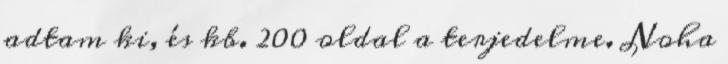
adtam ki, és kb. 200 oldal a terjedelme. Noha